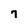
Character: 7